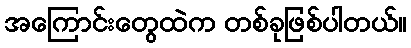
အကြောင်းတွေထဲက တစ်ခုဖြစ်ပါတယ်။